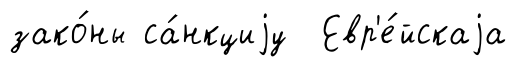
зако́ны са́нкциjу Евр'е́йскаjа